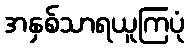
အနှစ်သာရယူကြပုံ